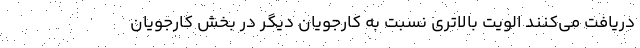
دریافت می‌کنند الویت بالاتری نسبت به کارجویان دیگر در بخش کارجویان